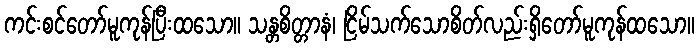
ကင်းစင်တော်မူကုန်ပြီးထသော။ သန္တစိတ္တာနံ၊ ငြိမ်သက်သောစိတ်လည်းရှိတော်မူကုန်ထသော။